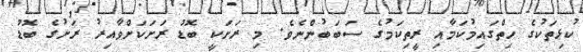
ކުޅިތަކުގެ ހިތްގައިމުކަމާއި ރީތިކަމުގެ ސަބަބުންނެވެ. މި ރަށަކީ ބޮޑު ރަށަކަށްވާއިރު ރަށުގެ ބޮޑު